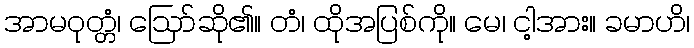
အာမဝုတ္တံ၊ ဩော်ဆို၏။ တံ၊ ထိုအပြစ်ကို။ မေ၊ ငါ့အား။ ခမာဟိ၊